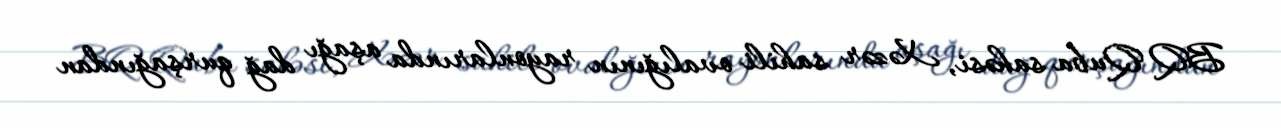
BQ Quba sahəsi, Xəzər sahili ovalığının rayonlarında aşağı dağ qurşağından